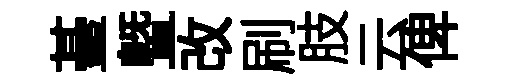
䑓暨改刷肢云俾